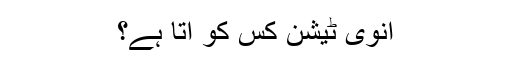
انوی ٹیشن کس کو آتا ہے؟